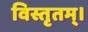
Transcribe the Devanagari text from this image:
विस्तृतम्।